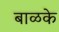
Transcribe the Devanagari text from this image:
बाळके